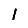
Digit: 1